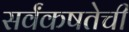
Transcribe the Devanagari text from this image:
सर्वंकषतेची